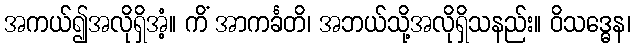
အကယ်၍အလိုရှိအံ့။ ကိံ အာကင်္ခတိ၊ အဘယ်သို့အလိုရှိသနည်း။ ဝိသဒ္ဓေန၊